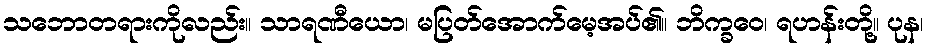
သဘောတရားကိုလည်း။ သာရဏီယော၊ မပြတ်အောက်မေ့အပ်၏။ ဘိက္ခဝေ၊ ရဟန်းတို့။ ပုန၊